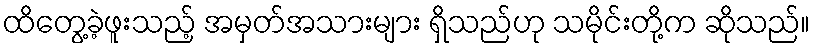
ထိတွေ့ခဲ့ဖူးသည့် အမှတ်အသားများ ရှိသည်ဟု သမိုင်းတို့က ဆိုသည်။